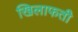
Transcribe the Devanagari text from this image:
खिलाफती